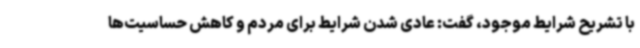
با تشریح شرایط موجود، گفت: عادی شدن شرایط برای مردم و کاهش حساسیت‌ها